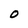
Character: O